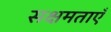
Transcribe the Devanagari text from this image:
सक्षमताएँ